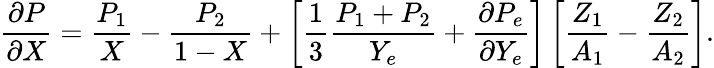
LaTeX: {\frac{\partial P}{\partial X}}={\frac{P_{1}}{X}}-{\frac{P_{2}}{1-X}}+\left[{\frac{1}{3}}{\frac{P_{1}+P_{2}}{Y_{e}}}+{\frac{\partial P_{e}}{\partial Y_{e}}}\right]\left[{\frac{Z_{1}}{A_{1}}}-{\frac{Z_{2}}{A_{2}}}\right].